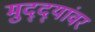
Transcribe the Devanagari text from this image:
मुद्‌द्‌यांवर